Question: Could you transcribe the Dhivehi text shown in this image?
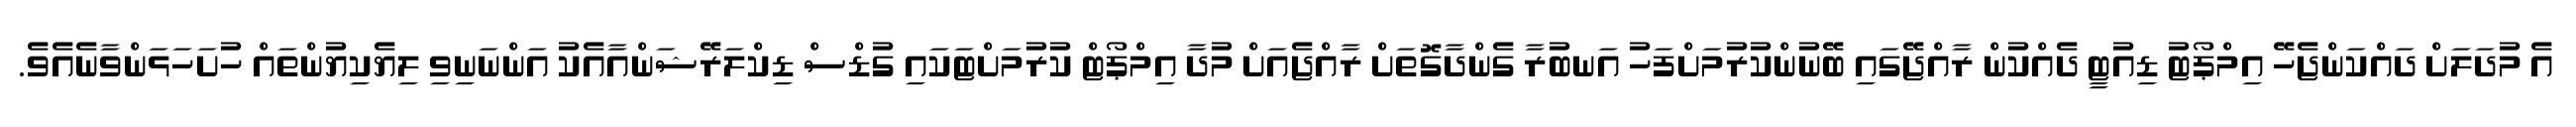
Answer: އެ މުދަލަށް ދައްކަންޖެހޭ އިމްޕޯޓު ޑިއުޓީ ދެއްކުން ރާއްޖޭގައި ބޭނުންކުރުމަށްފަހު އަނބުރާ ގެންދާގޮތަށް ރާއްޖެއަށް މުދާ އިމްޕޯޓް ކުރުމަށްޓަކައި ގުޑްސް ޑިކްލަރޭޝަންއާއެކު އަންނަނިވި ލިޔެކިޔުންތައް ހުށަހަޅަންވާނެއެވެ.